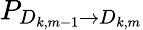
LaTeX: P_{D_{k,m-1}\rightarrow D_{k,m}}